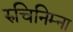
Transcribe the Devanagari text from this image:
रुचिनिम्ना